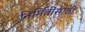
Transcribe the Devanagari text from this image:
निर्मितींसाठी